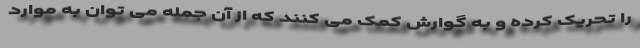
را تحریک کرده و به گوارش کمک می کنند که از آن جمله می توان به موارد